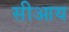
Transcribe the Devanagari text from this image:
सीआय